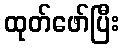
ထုတ်ဖော်ပြီး